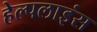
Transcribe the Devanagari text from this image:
हेल्पलाइंस